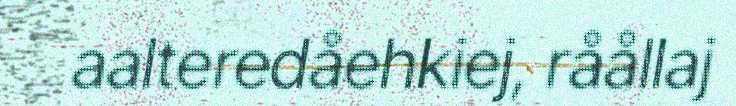
aalteredåehkiej, råållaj